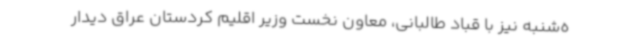
ه‌شنبه نیز با قباد طالبانی، معاون نخست وزیر اقلیم کردستان عراق دیدار